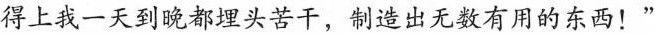
得上我一天到晚都埋头苦干，制造出无数有用的东西！